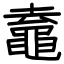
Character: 鼁